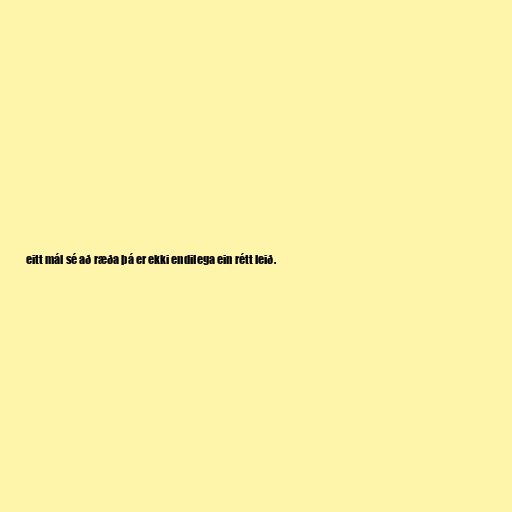
eitt mál sé að ræða þá er ekki endilega ein rétt leið.